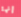
إنها